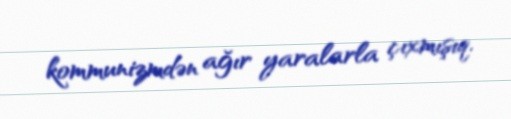
kommunizmdən ağır yaralarla çıxmışıq.